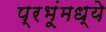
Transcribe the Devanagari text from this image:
प्रभूंमध्ये